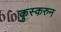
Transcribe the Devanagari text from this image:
कुस्करुन